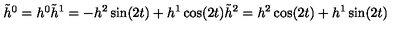
\begin{matrix} { \tilde { h } ^ { 0 } = h ^ { 0 } } \\ { \tilde { h } ^ { 1 } = - h ^ { 2 } \sin ( 2 t ) + h ^ { 1 } \cos ( 2 t ) } \\ { \tilde { h } ^ { 2 } = h ^ { 2 } \cos ( 2 t ) + h ^ { 1 } \sin ( 2 t ) } \\ \end{matrix}